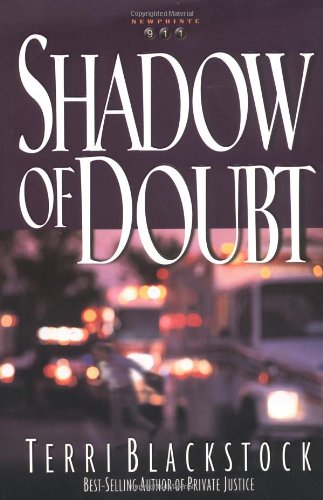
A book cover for Shadow of Doubt (Newpointe 911 Series #2); Terri Blackstock; Religion & Spirituality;